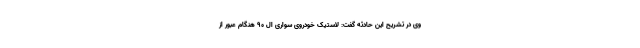
وی در تشریح این حادثه گفت: لاستیک خودروی سواری ال ۹۰ هنگام عبور از